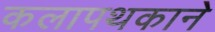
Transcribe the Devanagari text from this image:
कलापथकाने